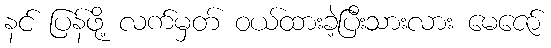
နင် ပြန်ဖို့ လက်မှတ် ဝယ်ထားခဲ့ပြီးသားလား မေဇော်